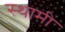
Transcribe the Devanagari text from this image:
स्थामी